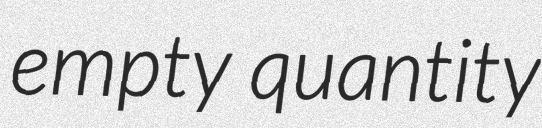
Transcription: empty quantity